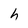
Character: h